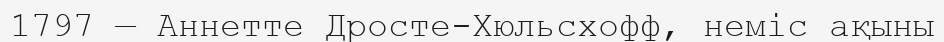
1797 — Аннетте Дросте-Хюльсхофф, неміс ақыны